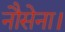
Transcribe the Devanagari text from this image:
नौसेना।